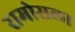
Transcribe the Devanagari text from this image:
रामोसला